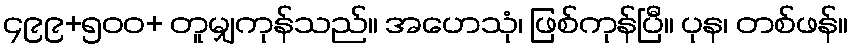
၄၉၉+၅၀၀+ တူမျှကုန်သည်။ အဟေသုံ၊ ဖြစ်ကုန်ပြီ။ ပုန၊ တစ်ဖန်။